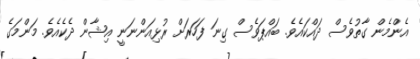
އެންމެން ގާތުވެސް ދައްކައެވެ. ބައްޕަވެސް ގިނަ ފަހަރަށް ރުޅިއަންނަނީ އިޝާން ދެކެއެވެ. މަންމަގެ